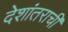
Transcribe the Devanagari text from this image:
देशांतराची